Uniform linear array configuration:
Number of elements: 16
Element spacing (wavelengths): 0.5
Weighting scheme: blackman
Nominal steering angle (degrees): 60
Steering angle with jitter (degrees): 60.69
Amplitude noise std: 0.05
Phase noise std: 0.05

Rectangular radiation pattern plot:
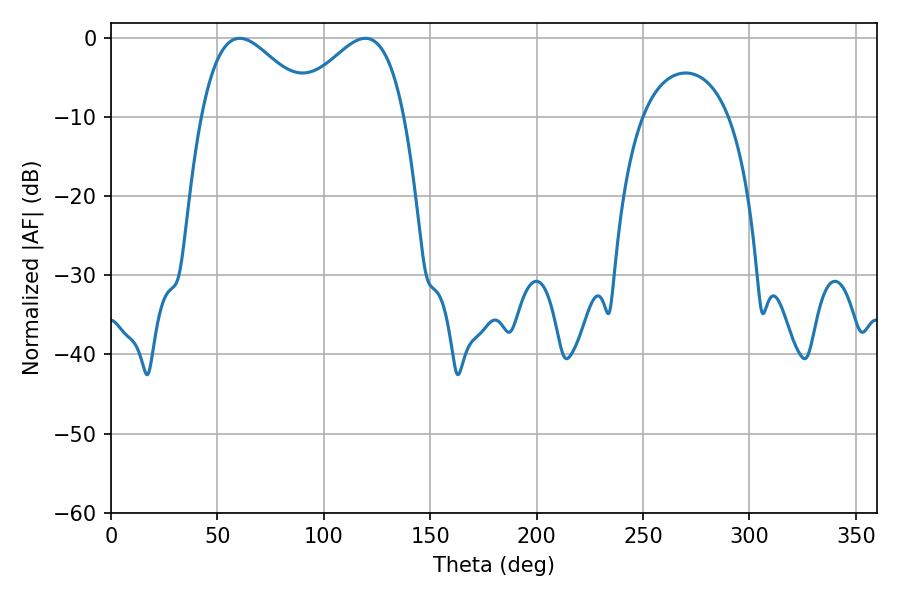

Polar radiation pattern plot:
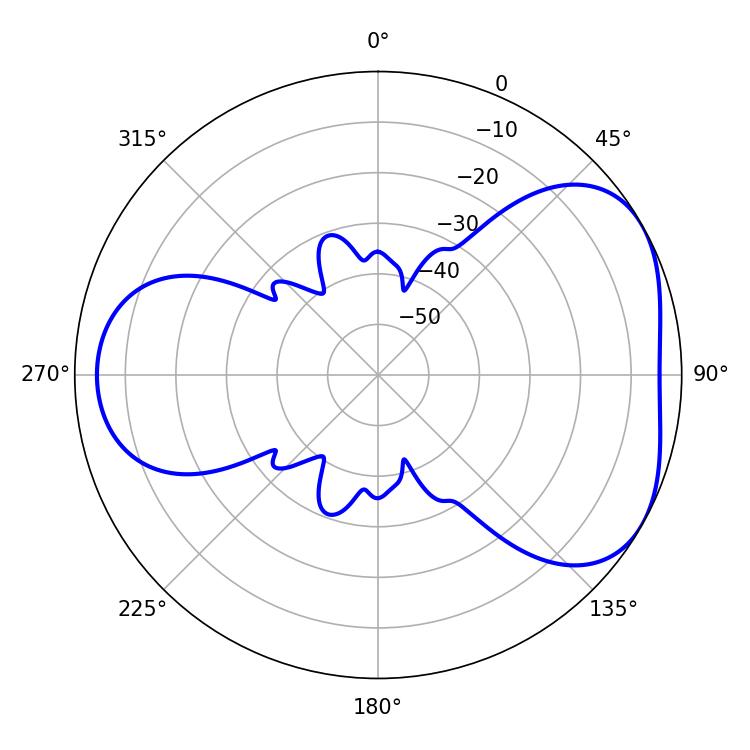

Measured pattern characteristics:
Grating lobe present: FALSE
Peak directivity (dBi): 4.393
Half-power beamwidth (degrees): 28.26
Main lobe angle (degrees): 60.48